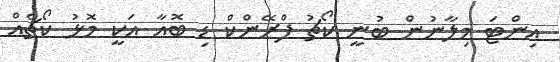
އިންޓަ މިލާނުން ބުނީ ކޯޗު ފްރޭންކް ޑި ބޮއާ އަކީ މޮޅު ކޯޗެއް